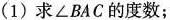
(1)求\angle BAC的度数；